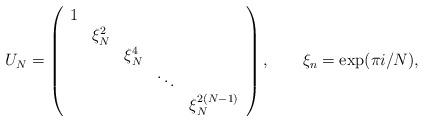
LaTeX: \begin{align*}U_N =\left(\begin{array}{ccccc} 1 & & & & \\& \xi_N^2 & & & \\& & \xi_N^4 & & \\ & & & \ddots & \\& & & & \xi_N^{2(N-1)}\end{array}\right), \ \ \ \ \ \ \xi_n =\exp(\pi i /N),\end{align*}